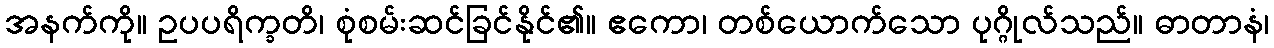
အနက်ကို။ ဥပပရိက္ခတိ၊ စုံစမ်းဆင်ခြင်နိုင်၏။ ဧကော၊ တစ်ယောက်သော ပုဂ္ဂိုလ်သည်။ ဓာတာနံ၊